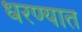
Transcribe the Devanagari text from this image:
धरण्‍यात